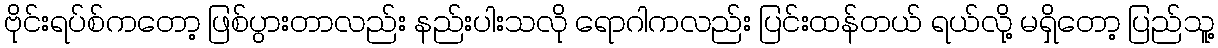
ဗိုင်းရပ်စ်ကတော့ ဖြစ်ပွားတာလည်း နည်းပါးသလို ရောဂါကလည်း ပြင်းထန်တယ် ရယ်လို့ မရှိတော့ ပြည်သူ့